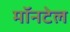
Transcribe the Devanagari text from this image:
मॉनटेल